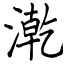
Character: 漧